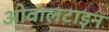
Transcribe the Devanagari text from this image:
ओवालटाइन